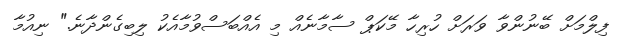
ފިލްމަށް ބޭނުންވާ ވަރަށް ހުރިހާ މޭކަޕް ސާމާނެއް މި އެއްބަސްވުމާއެކު ލިބިގެންދާނެ." ނިއުމާ